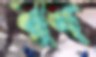
মুন্